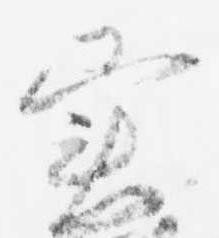
実